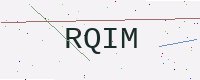
Text: RQIM